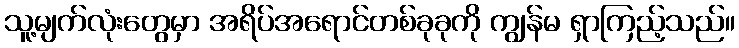
သူ့မျက်လုံးတွေမှာ အရိပ်အရောင်တစ်ခုခုကို ကျွန်မ ရှာကြည့်သည်။